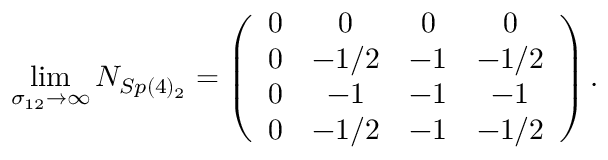
\operatorname * { l i m } _ { \sigma _ { 1 2 } \rightarrow \infty } N _ { S p ( 4 ) _ { 2 } } = \left( \begin{array} { c c c c } { { 0 } } & { { 0 } } & { { 0 } } & { { 0 } } \\ { { 0 } } & { { - 1 / 2 } } & { { - 1 } } & { { - 1 / 2 } } \\ { { 0 } } & { { - 1 } } & { { - 1 } } & { { - 1 } } \\ { { 0 } } & { { - 1 / 2 } } & { { - 1 } } & { { - 1 / 2 } } \end{array} \right) .